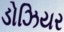
ડોઝિયર